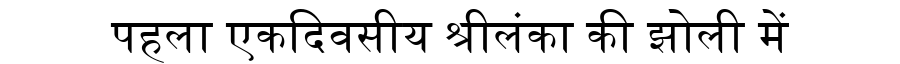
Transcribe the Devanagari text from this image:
पहला एकदिवसीय श्रीलंका की झोली में